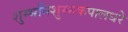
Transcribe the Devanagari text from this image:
शुम्भनिशुम्भकपालधरे